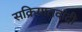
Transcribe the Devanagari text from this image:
सक्रियातवादी